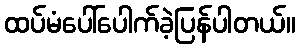
ထပ်မံပေါ်ပေါက်ခဲ့ပြန်ပါတယ်။